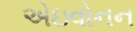
એઇવોનન